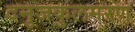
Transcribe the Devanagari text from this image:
दनुजकुलमरण